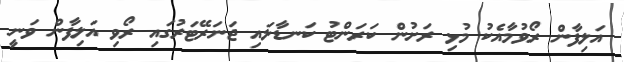
އަލިފާން ރޯވުމާއެކު މުޅި ރަށުން ކަރަންޓު ކަނޑާލައި ޖަނަރޭޓަރުގައި ރޯވި އަލިފާން ވަނީ